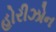
હોરીઝોન